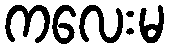
ကလေးမ